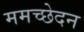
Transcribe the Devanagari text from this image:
ममच्छेदन